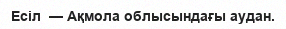
Есіл  — Ақмола облысындағы аудан.